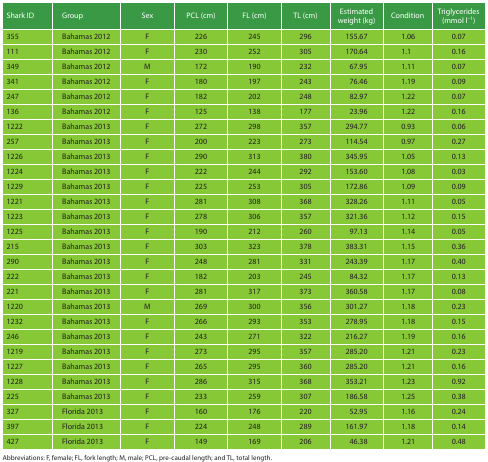
<table><thead><tr><td><b>Shark ID</b></td><td><b>Group</b></td><td><b>Sex</b></td><td><b>PCL (cm)</b></td><td><b>FL (cm)</b></td><td><b>TL (cm)</b></td><td><b>Estimated weight (kg)</b></td><td><b>Condition</b></td><td><b>Triglycerides (mmol l<sup>−1</sup>)</b></td></tr></thead><tbody><tr><td>355</td><td>Bahamas 2012</td><td>F</td><td>226</td><td>245</td><td>296</td><td>155.67</td><td>1.06</td><td>0.07</td></tr><tr><td>111</td><td>Bahamas 2012</td><td>F</td><td>230</td><td>252</td><td>305</td><td>170.64</td><td>1.1</td><td>0.16</td></tr><tr><td>349</td><td>Bahamas 2012</td><td>M</td><td>172</td><td>190</td><td>232</td><td>67.95</td><td>1.11</td><td>0.07</td></tr><tr><td>341</td><td>Bahamas 2012</td><td>F</td><td>180</td><td>197</td><td>243</td><td>76.46</td><td>1.19</td><td>0.09</td></tr><tr><td>247</td><td>Bahamas 2012</td><td>F</td><td>182</td><td>202</td><td>248</td><td>82.97</td><td>1.22</td><td>0.07</td></tr><tr><td>136</td><td>Bahamas 2012</td><td>F</td><td>125</td><td>138</td><td>177</td><td>23.96</td><td>1.22</td><td>0.16</td></tr><tr><td>1222</td><td>Bahamas 2013</td><td>F</td><td>272</td><td>298</td><td>357</td><td>294.77</td><td>0.93</td><td>0.06</td></tr><tr><td>257</td><td>Bahamas 2013</td><td>F</td><td>200</td><td>223</td><td>273</td><td>114.54</td><td>0.97</td><td>0.27</td></tr><tr><td>1226</td><td>Bahamas 2013</td><td>F</td><td>290</td><td>313</td><td>380</td><td>345.95</td><td>1.05</td><td>0.13</td></tr><tr><td>1224</td><td>Bahamas 2013</td><td>F</td><td>222</td><td>244</td><td>292</td><td>153.60</td><td>1.08</td><td>0.03</td></tr><tr><td>1229</td><td>Bahamas 2013</td><td>F</td><td>225</td><td>253</td><td>305</td><td>172.86</td><td>1.09</td><td>0.09</td></tr><tr><td>1221</td><td>Bahamas 2013</td><td>F</td><td>281</td><td>308</td><td>368</td><td>328.26</td><td>1.11</td><td>0.05</td></tr><tr><td>1223</td><td>Bahamas 2013</td><td>F</td><td>278</td><td>306</td><td>357</td><td>321.36</td><td>1.12</td><td>0.15</td></tr><tr><td>1225</td><td>Bahamas 2013</td><td>F</td><td>190</td><td>212</td><td>260</td><td>97.13</td><td>1.14</td><td>0.05</td></tr><tr><td>215</td><td>Bahamas 2013</td><td>F</td><td>303</td><td>323</td><td>378</td><td>383.31</td><td>1.15</td><td>0.36</td></tr><tr><td>290</td><td>Bahamas 2013</td><td>F</td><td>248</td><td>281</td><td>331</td><td>243.39</td><td>1.17</td><td>0.40</td></tr><tr><td>222</td><td>Bahamas 2013</td><td>F</td><td>182</td><td>203</td><td>245</td><td>84.32</td><td>1.17</td><td>0.13</td></tr><tr><td>221</td><td>Bahamas 2013</td><td>F</td><td>281</td><td>317</td><td>373</td><td>360.58</td><td>1.17</td><td>0.08</td></tr><tr><td>1220</td><td>Bahamas 2013</td><td>M</td><td>269</td><td>300</td><td>356</td><td>301.27</td><td>1.18</td><td>0.23</td></tr><tr><td>1232</td><td>Bahamas 2013</td><td>F</td><td>266</td><td>293</td><td>353</td><td>278.95</td><td>1.18</td><td>0.15</td></tr><tr><td>246</td><td>Bahamas 2013</td><td>F</td><td>243</td><td>271</td><td>322</td><td>216.27</td><td>1.19</td><td>0.16</td></tr><tr><td>1219</td><td>Bahamas 2013</td><td>F</td><td>273</td><td>295</td><td>357</td><td>285.20</td><td>1.21</td><td>0.23</td></tr><tr><td>1227</td><td>Bahamas 2013</td><td>F</td><td>265</td><td>295</td><td>360</td><td>285.20</td><td>1.21</td><td>0.16</td></tr><tr><td>1228</td><td>Bahamas 2013</td><td>F</td><td>286</td><td>315</td><td>368</td><td>353.21</td><td>1.23</td><td>0.92</td></tr><tr><td>225</td><td>Bahamas 2013</td><td>F</td><td>233</td><td>259</td><td>307</td><td>186.58</td><td>1.25</td><td>0.38</td></tr><tr><td>327</td><td>Florida 2013</td><td>F</td><td>160</td><td>176</td><td>220</td><td>52.95</td><td>1.16</td><td>0.24</td></tr><tr><td>397</td><td>Florida 2013</td><td>F</td><td>224</td><td>248</td><td>289</td><td>161.97</td><td>1.18</td><td>0.14</td></tr><tr><td>427</td><td>Florida 2013</td><td>F</td><td>149</td><td>169</td><td>206</td><td>46.38</td><td>1.21</td><td>0.48</td></tr></tbody></table>